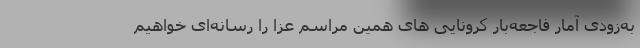
به‌زودی آمار فاجعه‌بار کرونایی های همین مراسم عزا را رسانه‌ای خواهیم